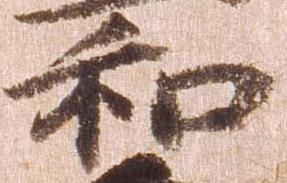
和